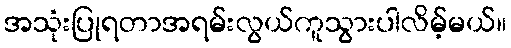
အသုံးပြုရတာအရမ်းလွယ်ကူသွားပါလိမ့်မယ်။